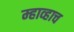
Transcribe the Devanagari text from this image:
म्हाव्हाच